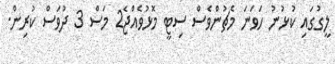
ލީގުގައި ކުޅުނު ހަވަނަ މެޗުންވެސް ސިޓީ މޮޅުވެއްޖެ2 މަސް 3 ދުވަސް ކުރިން.